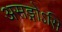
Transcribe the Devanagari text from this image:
असङ्गोऽसि